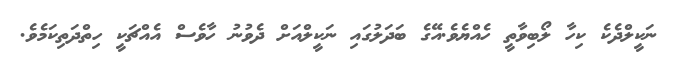
ނަކީލްދެކެ ކިހާ ލޯބިވާތީ ހެއްޔެވެ.އޭގެ ބަދަލުގައި ނަކީލްއަށް ދެވުނު ހާވެސް އެއްޗަކީ ހިތްދަތިކަމެވެ.